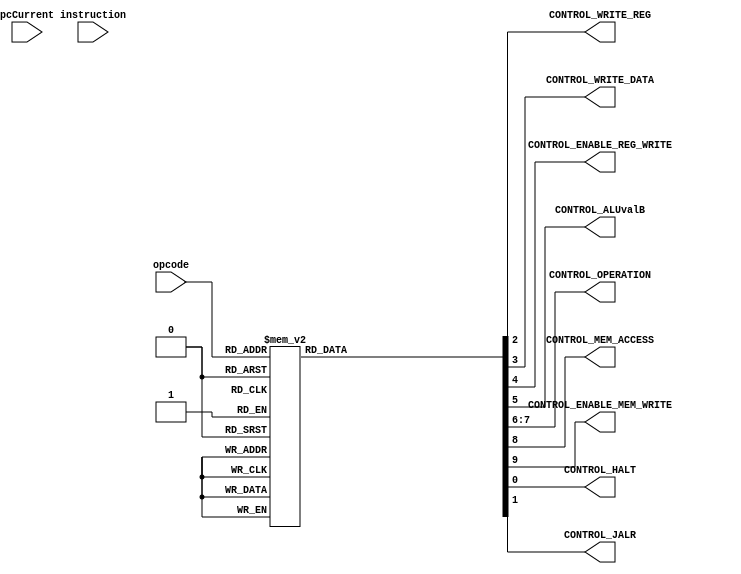
module Control_ROM(
    input [31:0] pcCurrent,
    input [2:0] opcode,
    input [31 : 0] instruction,

    output reg CONTROL_WRITE_REG,               // 1 = dest reg     0 = regB
    output reg CONTROL_WRITE_DATA,              // 1 = aluResult    0 = memResult
    output reg CONTROL_ENABLE_REG_WRITE,        // 1 = write register
    output reg CONTROL_ALUvalB,                 // 1 = regBvalue    0 = offsetExtended
    output reg [1:0] CONTROL_OPERATION,               // 1 = nor          0 = add
    output reg CONTROL_MEM_ACCESS,              // 1 = memory accessed
    output reg CONTROL_ENABLE_MEM_WRITE,        // 1 = write mem    0 = read mem
    output reg CONTROL_HALT,
    output reg CONTROL_JALR
);

    parameter OP_ADD = 3'b000;
    parameter OP_NOR = 3'b001;
    parameter OP_LW = 3'b010;
    parameter OP_SW = 3'b011;
    parameter OP_BEQ = 3'b100;
    parameter OP_JALR = 3'b101;
    parameter OP_HALT = 3'b110;
    parameter OP_NOOP = 3'b111;

    initial begin
        CONTROL_HALT <= 0;
        CONTROL_JALR <= 0;
        CONTROL_WRITE_REG <= 0;          // 1 = dest reg     0 = regB
        CONTROL_WRITE_DATA <= 0;         // 1 = aluResult    0 = memResult
        CONTROL_ENABLE_REG_WRITE <= 0;   // 1 = write register
        CONTROL_ALUvalB <= 0;            // 1 = regBvalue    0 = offsetExtended
        CONTROL_OPERATION <= 2'b00;          // 1 = nor          0 = add
        CONTROL_MEM_ACCESS <= 0;         // 1 = memory accessed
        CONTROL_ENABLE_MEM_WRITE <= 0;   // 1 = write mem    0 = read mem
    end

    always @(opcode) begin
        case(opcode)
            OP_ADD: begin
                CONTROL_HALT <= 0;
                CONTROL_JALR <= 0;
                CONTROL_WRITE_REG <= 1;          // 1 = dest reg
                CONTROL_WRITE_DATA <= 1;         // 1 = aluResult
                CONTROL_ENABLE_REG_WRITE <= 0;   // 0 = wait for ALU
                CONTROL_ALUvalB <= 1;            // 1 = regBvalue
                CONTROL_OPERATION <= 2'b00;          // 0 = add
                CONTROL_MEM_ACCESS <= 0;         // 0 = memory not accessed
                CONTROL_ENABLE_MEM_WRITE <= 0;   // 0 = read mem
            end
            OP_NOR: begin
                CONTROL_HALT <= 0;
                CONTROL_JALR <= 0;
                CONTROL_WRITE_REG <= 1;          // 1 = dest reg
                CONTROL_WRITE_DATA <= 1;         // 1 = aluResult 
                CONTROL_ENABLE_REG_WRITE <= 0;   // 0 = wait for ALU
                CONTROL_ALUvalB <= 1;            // 1 = regBvalue
                CONTROL_OPERATION <= 2'b01;          // 1 = nor
                CONTROL_MEM_ACCESS <= 0;         // 0 = memory not accessed
                CONTROL_ENABLE_MEM_WRITE <= 0;   // 0 = read mem
            end
            OP_LW: begin
                CONTROL_HALT <= 0;
                CONTROL_JALR <= 0;
                CONTROL_WRITE_REG <= 0;          // 0 = regB
                CONTROL_WRITE_DATA <= 0;         // 0 = memResult
                CONTROL_ALUvalB <= 0;            // 0 = offsetExtended
                CONTROL_ENABLE_REG_WRITE <= 1;   // 1 = write register
                CONTROL_OPERATION <= 2'b00;          // 0 = add
                CONTROL_MEM_ACCESS <= 1;         // 1 = memory accessed
                CONTROL_ENABLE_MEM_WRITE <= 0;   // 0 = read mem
            end
            OP_SW: begin
                CONTROL_HALT <= 0;
                CONTROL_JALR <= 0;
                CONTROL_WRITE_REG <= 0;          // 0 = regB
                CONTROL_WRITE_DATA <= 0;         // 0 = memResult
                CONTROL_ENABLE_REG_WRITE <= 0;   // 0 = don't write reg
                CONTROL_ALUvalB <= 0;            // 0 = offsetExtended
                CONTROL_OPERATION <= 2'b00;          // 0 = add
                CONTROL_MEM_ACCESS <= 1;         // 1 = memory accessed
                CONTROL_ENABLE_MEM_WRITE <= 1;   // 1 = write mem
            end
            OP_BEQ: begin
                CONTROL_HALT <= 0;
                CONTROL_JALR <= 0;
                CONTROL_WRITE_REG <= 0;          // 0 = regB
                CONTROL_WRITE_DATA <= 0;         // 0 = memResult
                CONTROL_ENABLE_REG_WRITE <= 0;   // 0 = don't write reg
                CONTROL_ALUvalB <= 1;            // 1 = regBvalue
                CONTROL_OPERATION <= 2'b10;          // 2 = equal?
                CONTROL_MEM_ACCESS <= 0;         // 0 = memory not accessed
                CONTROL_ENABLE_MEM_WRITE <= 0;   // 0 = read mem
            end
            OP_JALR: begin
                CONTROL_HALT <= 0;
                CONTROL_WRITE_REG <= 0;          // 0 = regB
                CONTROL_WRITE_DATA <= 2;         // 1 = pc+1
                CONTROL_ENABLE_REG_WRITE <= 1;   // 1 = write register
                CONTROL_JALR <= 1;               // 1 = jalr jump
                CONTROL_ALUvalB <= 0;            // 0 = offsetExtended
                CONTROL_OPERATION <= 2'b00;          // 0 = add
                CONTROL_MEM_ACCESS <= 0;         // 0 = memory not accessed
                CONTROL_ENABLE_MEM_WRITE <= 0;   // 0 = read mem
            end
            OP_HALT: begin
                CONTROL_HALT <= 1;
                CONTROL_JALR <= 0;
                CONTROL_WRITE_REG <= 0;          // 1 = dest reg     0 = regB
                CONTROL_WRITE_DATA <= 0;         // 1 = aluResult    0 = memResult
                CONTROL_ENABLE_REG_WRITE <= 0;   // 1 = write register
                CONTROL_ALUvalB <= 0;            // 1 = regBvalue    0 = offsetExtended
                CONTROL_OPERATION <= 2'b00;          // 1 = nor          0 = add
                CONTROL_MEM_ACCESS <= 0;         // 1 = memory accessed
                CONTROL_ENABLE_MEM_WRITE <= 0;   // 1 = write mem    0 = read mem
            end
            OP_NOOP: begin
                CONTROL_HALT <= 0;
                CONTROL_JALR <= 0;
                CONTROL_WRITE_REG <= 0;          // 1 = dest reg     0 = regB
                CONTROL_WRITE_DATA <= 0;         // 1 = aluResult    0 = memResult
                CONTROL_ENABLE_REG_WRITE <= 0;   // 1 = write register
                CONTROL_ALUvalB <= 0;            // 1 = regBvalue    0 = offsetExtended
                CONTROL_OPERATION <= 2'b00;          // 1 = nor          0 = add
                CONTROL_MEM_ACCESS <= 0;         // 1 = memory accessed
                CONTROL_ENABLE_MEM_WRITE <= 0;   // 1 = write mem    0 = read mem
            end
            default: begin
                CONTROL_ALUvalB <= 0;            // 1 = regBvalue
                CONTROL_HALT <= 0;
                CONTROL_JALR <= 0;
                CONTROL_WRITE_REG <= 0;          // 1 = dest reg
                CONTROL_WRITE_DATA <= 0;         // 1 = aluResult
                CONTROL_OPERATION <= 2'b00;          // 0 = add
                CONTROL_ENABLE_REG_WRITE <= 0;   // 1 = write register
                CONTROL_MEM_ACCESS <= 0;         // 0 = memory not accessed
                CONTROL_ENABLE_MEM_WRITE <= 0;
            end
        endcase
    end
endmodule